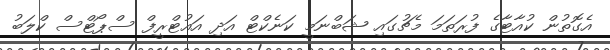
އެގޮތުން ކުއާޓާގެ ފުރަތަމަ މެޗުގައި ޝަބްނަމީ ކަނެކްޓް އަދި އައުޓްރީފް ސްޕޯޓްސް ކްލަބު